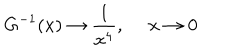
LaTeX: G ^ { - 1 } ( x ) \rightarrow { \frac { 1 } { x ^ { 4 } } } , ~ ~ x \rightarrow 0